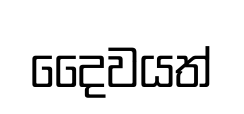
දෛවයත්